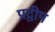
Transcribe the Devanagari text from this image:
प्रद्वीप